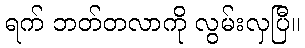
ရက် ဘတ်တလာကို လွမ်းလှပြီ။